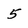
Character: 5